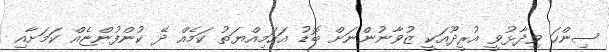
ސިންހަ ވިދާޅުވީ އުރީދޫއަކީ ޒުވާނުންނަށް ބޮޑު އަހަމިއްޔަތު ކަމެއް ދޭ ކުންފުންޏެއް ކަމަށާއި